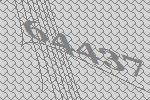
64437